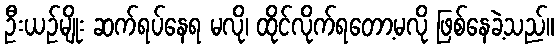
ဦးယဉ်မျိုး ဆက်ရပ်နေရ မလို၊ ထိုင်လိုက်ရတော့မလို ဖြစ်နေခဲ့သည်။